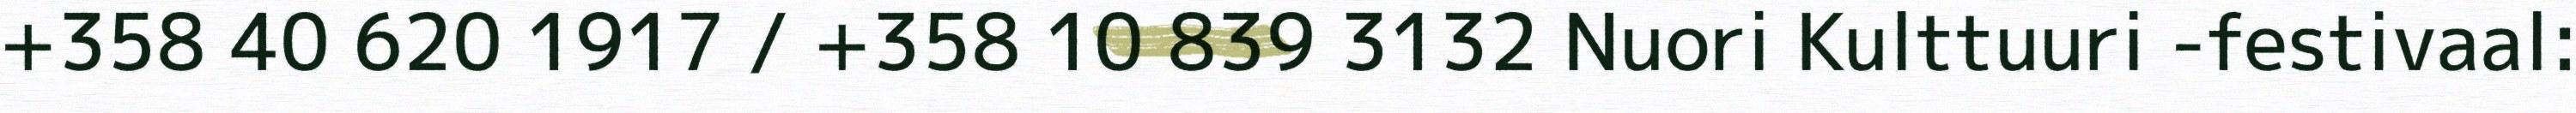
+358 40 620 1917 / +358 10 839 3132 Nuori Kulttuuri -festivaal: